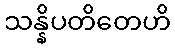
သန္နိပတိတေဟိ